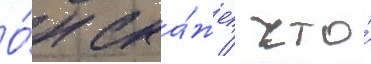
О́н ска́жет / что́